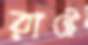
রাষ্ট্রে